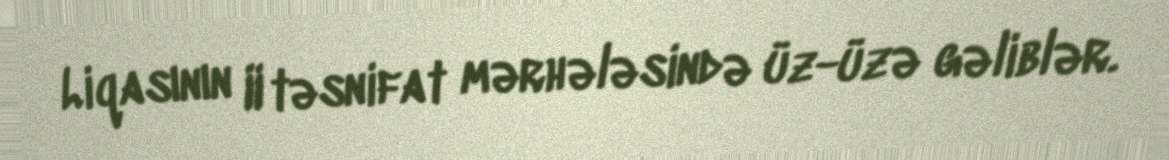
Liqasının II təsnifat mərhələsində üz-üzə gəliblər.